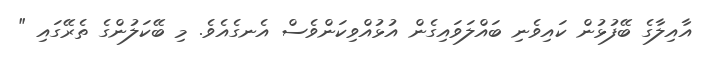
އާއިލާގެ ބޭފުޅުން ކައިވެނި ބައްލަވައިގެން އުޅުއްވިކަންވެސް އެނގެއެވެ. މި ބޭކަލުންގެ ތެރޭގައި "